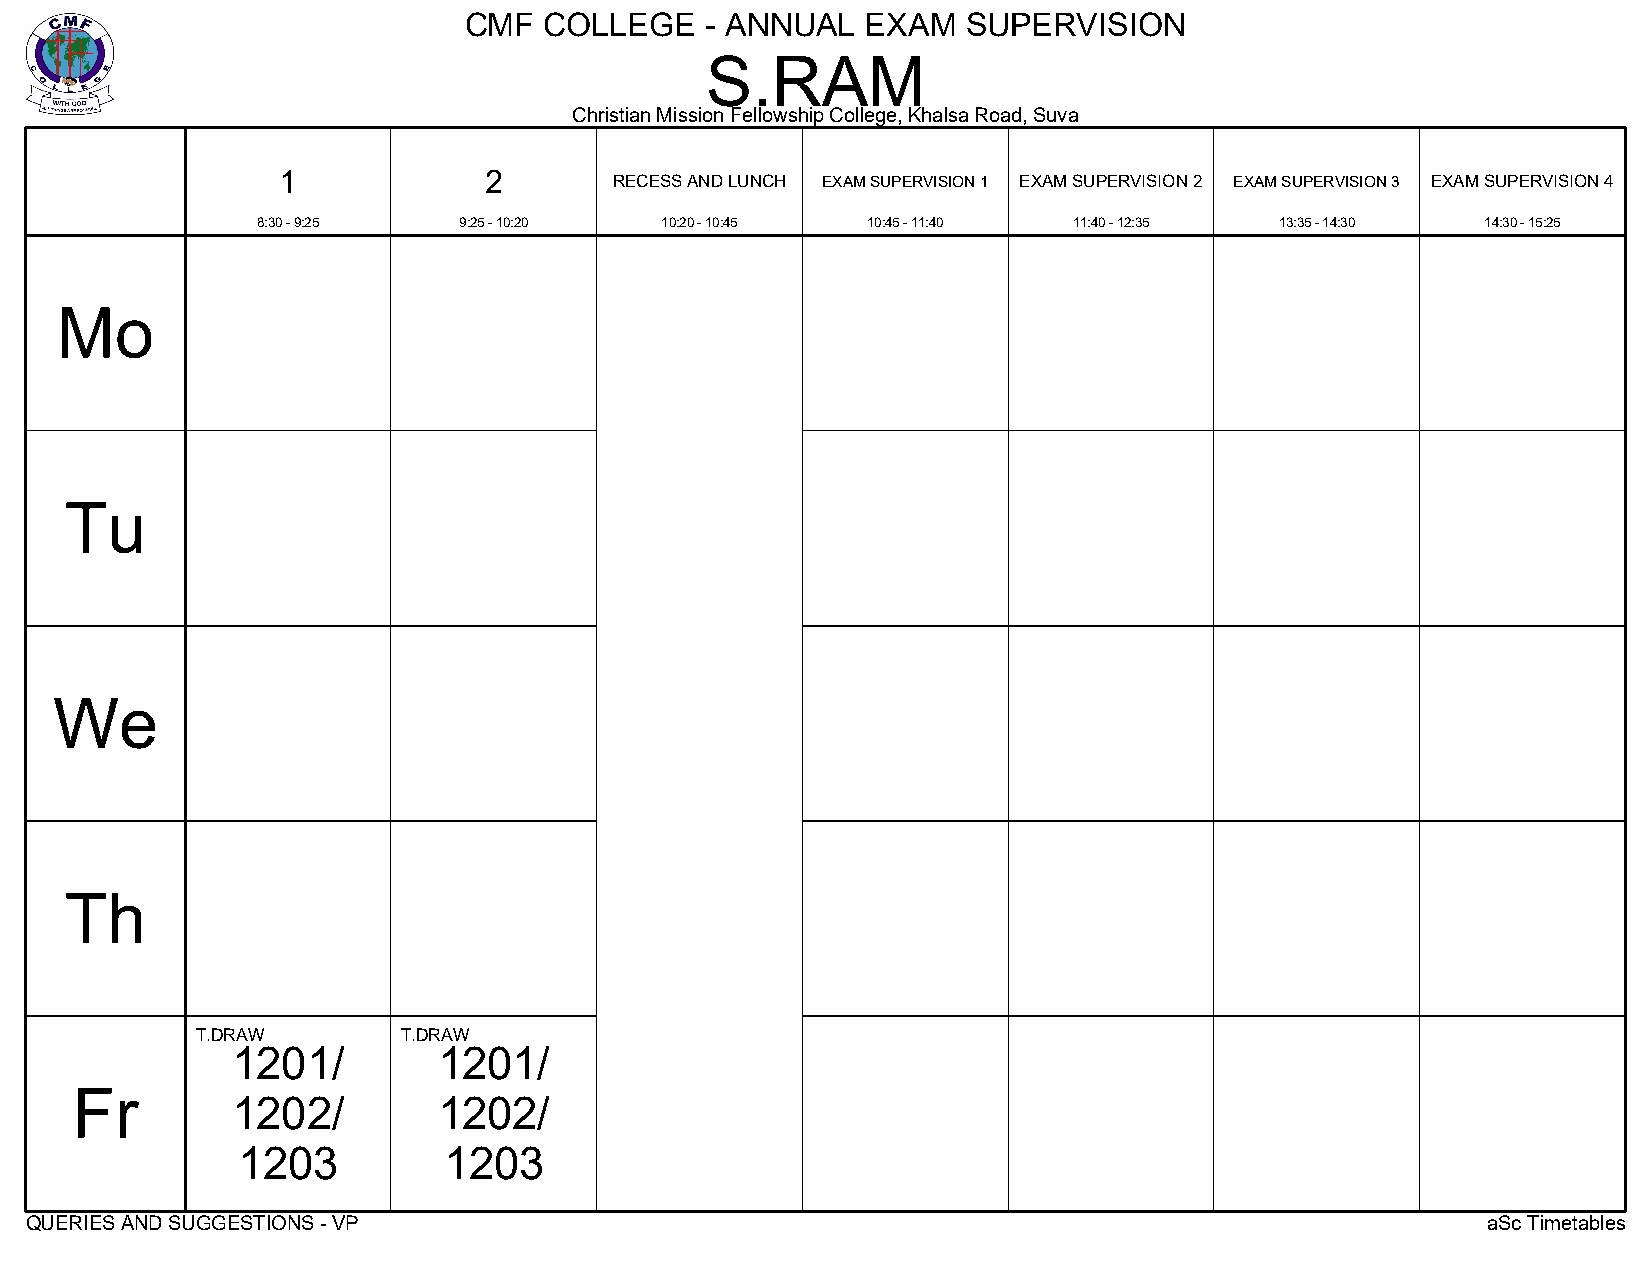
CMF  COLLEGE    - ANNUAL  EXAM   SUPERVISION
 S.RAM
 Christian Mission Fellowship College, Khalsa Road, Suva
 1             2
 RECESS AND LUNCH EXAM SUPERVISION 1 EXAM SUPERVISION 2 EXAM SUPERVISION 3 EXAM SUPERVISION 4
 8:30 - 9:25  9:25 - 10:20  10:20 - 10:45 10:45 - 11:40 11:40 - 12:35 13:35 - 14:30 14:30 - 15:25
 Mo
 Tu
 We
 Th
 T.DRAW        T.DRAW
 1201/         1201/
 Fr
 1202/         1202/
 1203         1203
 QUERIES AND SUGGESTIONS - VP                                                                    aSc Timetables